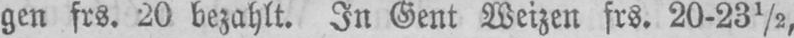
gen frs. 20 bezahlt. In Gent Weizen frs. 20-23½,